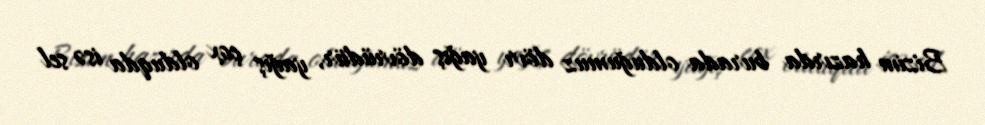
Bizim hazırda burada olduğumuz dövr yağış dövrüdür, yağış çox olduqda isə sel